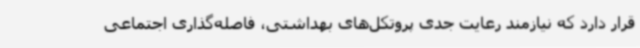
قرار دارد که نیازمند رعایت جدی پروتکل‌های بهداشتی، فاصله‌گذاری اجتماعی